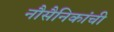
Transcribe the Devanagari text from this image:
नौसैनिकांची